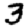
Digit: 3